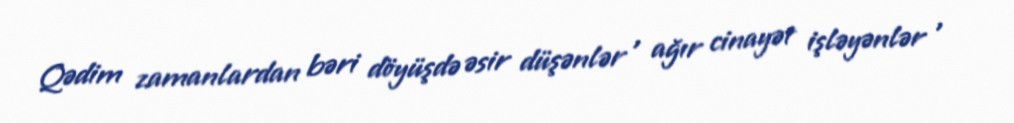
Qədim zamanlardan bəri döyüşdə əsir düşənlər , ağır cinayət işləyənlər ,